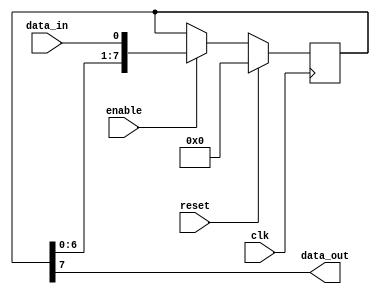
module SISO_shift_register(
  input clk,
  input reset,
  input enable,
  input data_in,
  output reg data_out
);

reg [7:0] shift_reg;

always @(posedge clk) begin
  if (reset) begin
    shift_reg <= 8'b0;
  end else begin
    if (enable) begin
      shift_reg <= {shift_reg[6:0], data_in};
    end
  end
end

assign data_out = shift_reg[7];

endmodule